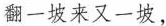
翻一坡来又一坡，